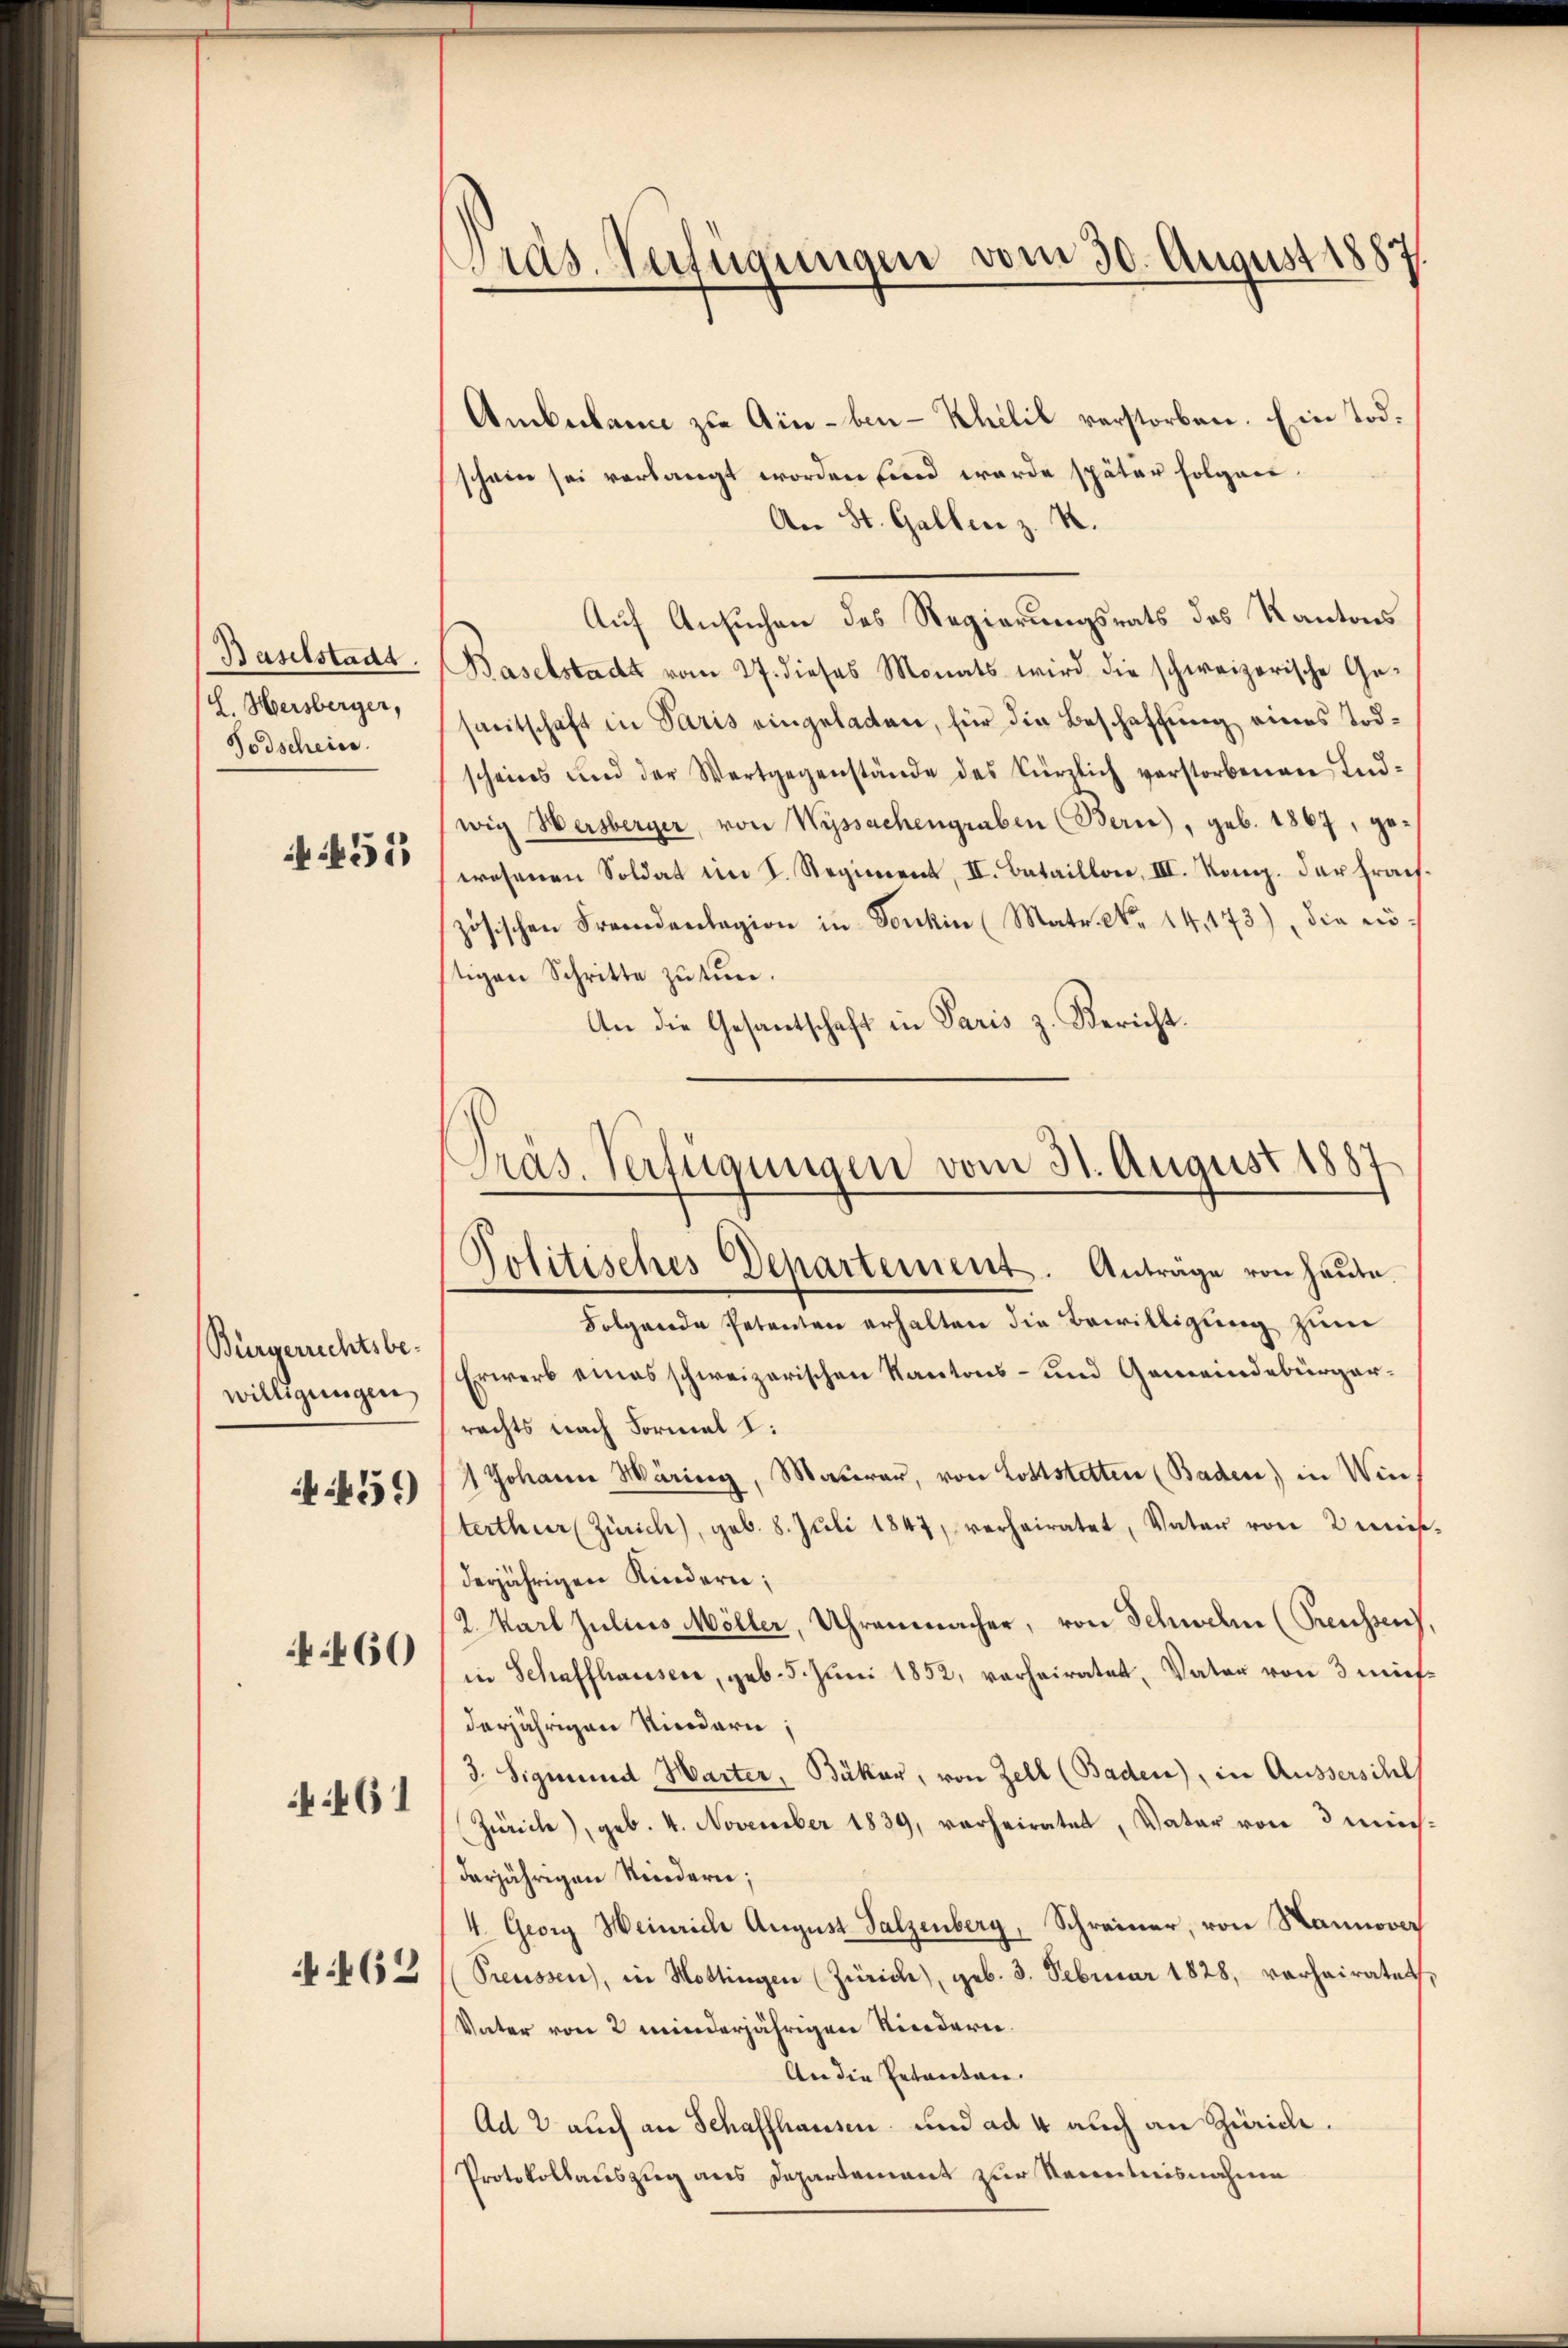
Baselstadt.
L. Hersberger,
Todschein
 51

Bürgerichtsbewilligungen

459

460

:461

462

Gras Verfügungen vom 30. August 1887

Ambekann zu Ain-ben- Khilil verstorben. Ein Tod.
schein sei verlangt worden sind werde später folgen.
An St. Gallen z. R.
Auf Ansuchen des Regierungsrats des Kantons
Baselstadt vom 27. dieses Monats wird die schweizerische Ge-
sreitschaft in Paris eingeladen, für die Beschaffung eines Todscheins und der Wartgegenstände des kürzlich verstorbenen Indwig Hersberger, von Wyssachengraben (Bern), geb. 1867, gewesenen Soldat im S. Regiment, II. Bataillon, III. Komp. der Frachzösischen Fremdenlagion in Tonkin (Matr. No. 14, 173), die nöstigen Schritte zŭ tun.
An die Gesantschaft in Paris z. Bericht.
Folgende Petenten erhalten die Bewilligung zum
Erwerb eines schweizerischen Kantons- und Gemeindebürgerrechts nach Formal I:
1 Johann Märing, Maŭrer, von Lottstetten (Baden) in Winterthur (Zürich), geb. 8. Jŭli 1847, verheiratet, Vater von 2mieß.
derjährigen Kindern;
2. Karl Julius Möller, Uhrenmacher, von Schwelm (Preussen),
in Schaffhausen, geb. 5. Juni 1852, verheiratet, Vater von 3 mißderjährigen Kindern;
3. Sigmund Warter, Bäker, von Zell (Baden), in Ausserschl
Zürich), geb. 4. November 1839, verheiratet, Vater von 3 michdarjährigen Kindern;
4. Georg Weinrich August Salzenberg, Schreiner, von Hannover
Preussen, in Hottingen (Zürich), geb. 3. Februar 1828, verheiratet,
Vater von 2 minderjährigen Kinderei.
An die Entanten.
Ad 2 auch an Schaffhausen und ad 4 auch an Zürich.
Protokollauszug aus Departement zur Kenntnisnahme

Pras. Verfügungen vom 31. August 1887
Politisches Departement. Anträge von heute.